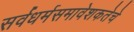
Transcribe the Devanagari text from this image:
सर्वधर्मसमावेशकतेचे